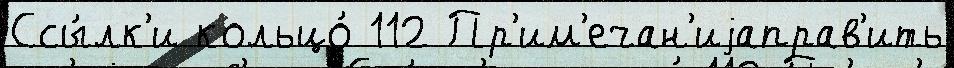
Ссы́лк'и кольцо́ 112 Пр'им'ечан'иjаправ'ить